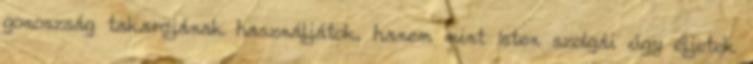
gonoszság takarójának használjátok, hanem mint Isten szolgái úgy éljetek